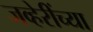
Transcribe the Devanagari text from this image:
जव्हेरींच्या